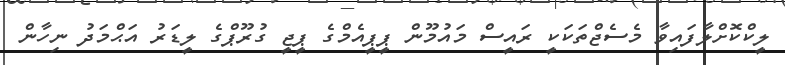
ލީކްކޮށްލާފައިވާ މެސެޖްތަކަކީ ރައީސް މައުމޫން ޕީޕީއެމްގެ ޕީޖީ ގުރޫޕްގެ ލީޑަރު އަޙްމަދު ނިހާން